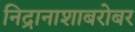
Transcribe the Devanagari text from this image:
निद्रानाशाबरोबर